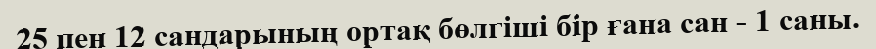
25 пен 12 сандарының ортақ бөлгіші бір ғана сан - 1 саны.